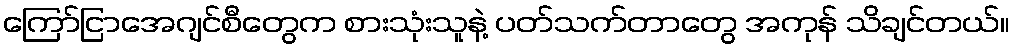
ကြော်ငြာအေဂျင်စီတွေက စားသုံးသူနဲ့ ပတ်သက်တာတွေ အကုန် သိချင်တယ်။